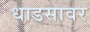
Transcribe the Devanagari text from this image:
धाडसावर